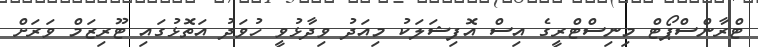
ޓްރާންސްޕޯޓް މިނިސްޓްރީގެ އިސް އޮފިޝަލަކު މިއަދު ވިދާޅުވީ ހުވަދު އަތޮޅުގައި ޓޫރިޒަމް ވަރަށް